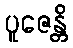
ပူဇေန္တိ